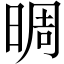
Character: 晭